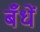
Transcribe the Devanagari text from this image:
बँधें